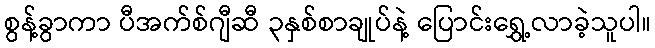
စွန့်ခွာကာ ပီအက်စ်ဂျီဆီ ၃နှစ်စာချုပ်နဲ့ ပြောင်းရွှေ့လာခဲ့သူပါ။